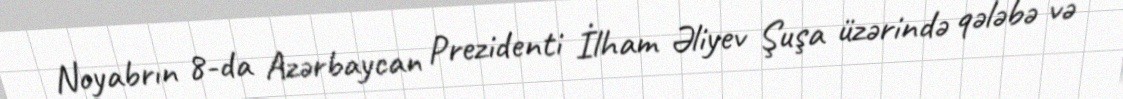
Noyabrın 8-da Azərbaycan Prezidenti İlham Əliyev Şuşa üzərində qələbə və